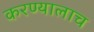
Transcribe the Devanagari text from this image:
करण्यालाच